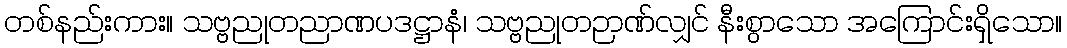
တစ်နည်းကား။ သဗ္ဗညုတညာဏပဒဋ္ဌာနံ၊ သဗ္ဗညုတဉာဏ်လျှင် နီးစွာသော အကြောင်းရှိသော။